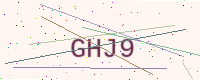
Text: GHJ9